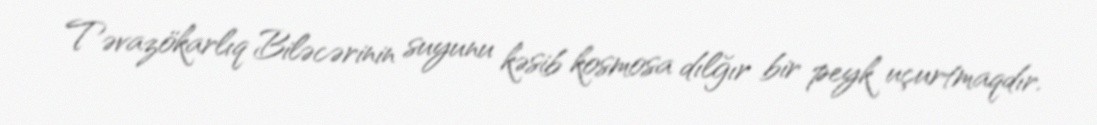
Təvazökarlıq Biləcərinin suyunu kəsib kosmosa dılğır bir peyk uçurtmaqdır.